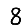
Digit: 8